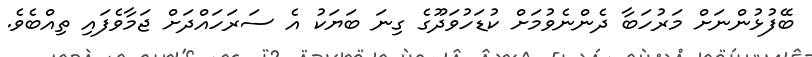
ބޭފުޅުންނަށް މަރުހަބާ ދެންނެވުމަށް ކުޑަހުވަދޫގެ ގިނަ ބަޔަކު އެ ސަރަހައްދަށް ޖަމާވެފައި ތިއްބެވެ.